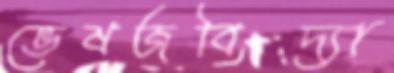
ভেষজবিদ্যা